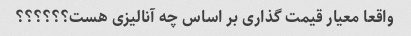
واقعا معیار قیمت گذاری بر اساس چه آنالیزی هست؟؟؟؟؟؟